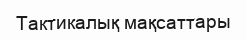
Тактикалық мақсаттары